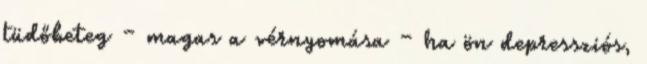
tüdőbeteg – magas a vérnyomása – ha ön depressziós,